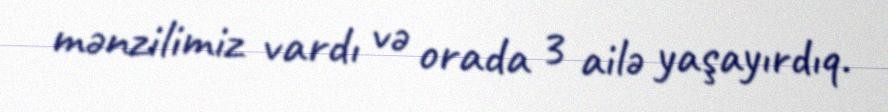
mənzilimiz vardı və orada 3 ailə yaşayırdıq.